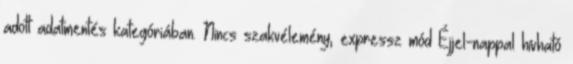
adott adatmentés kategóriában. Nincs szakvélemény, expressz mód Éjjel-nappal hívható